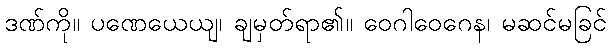
ဒဏ်ကို။ ပဏေယေယျ၊ ချမှတ်ရာ၏။ ဝေဂါဝေဂေန၊ မဆင်မခြင်